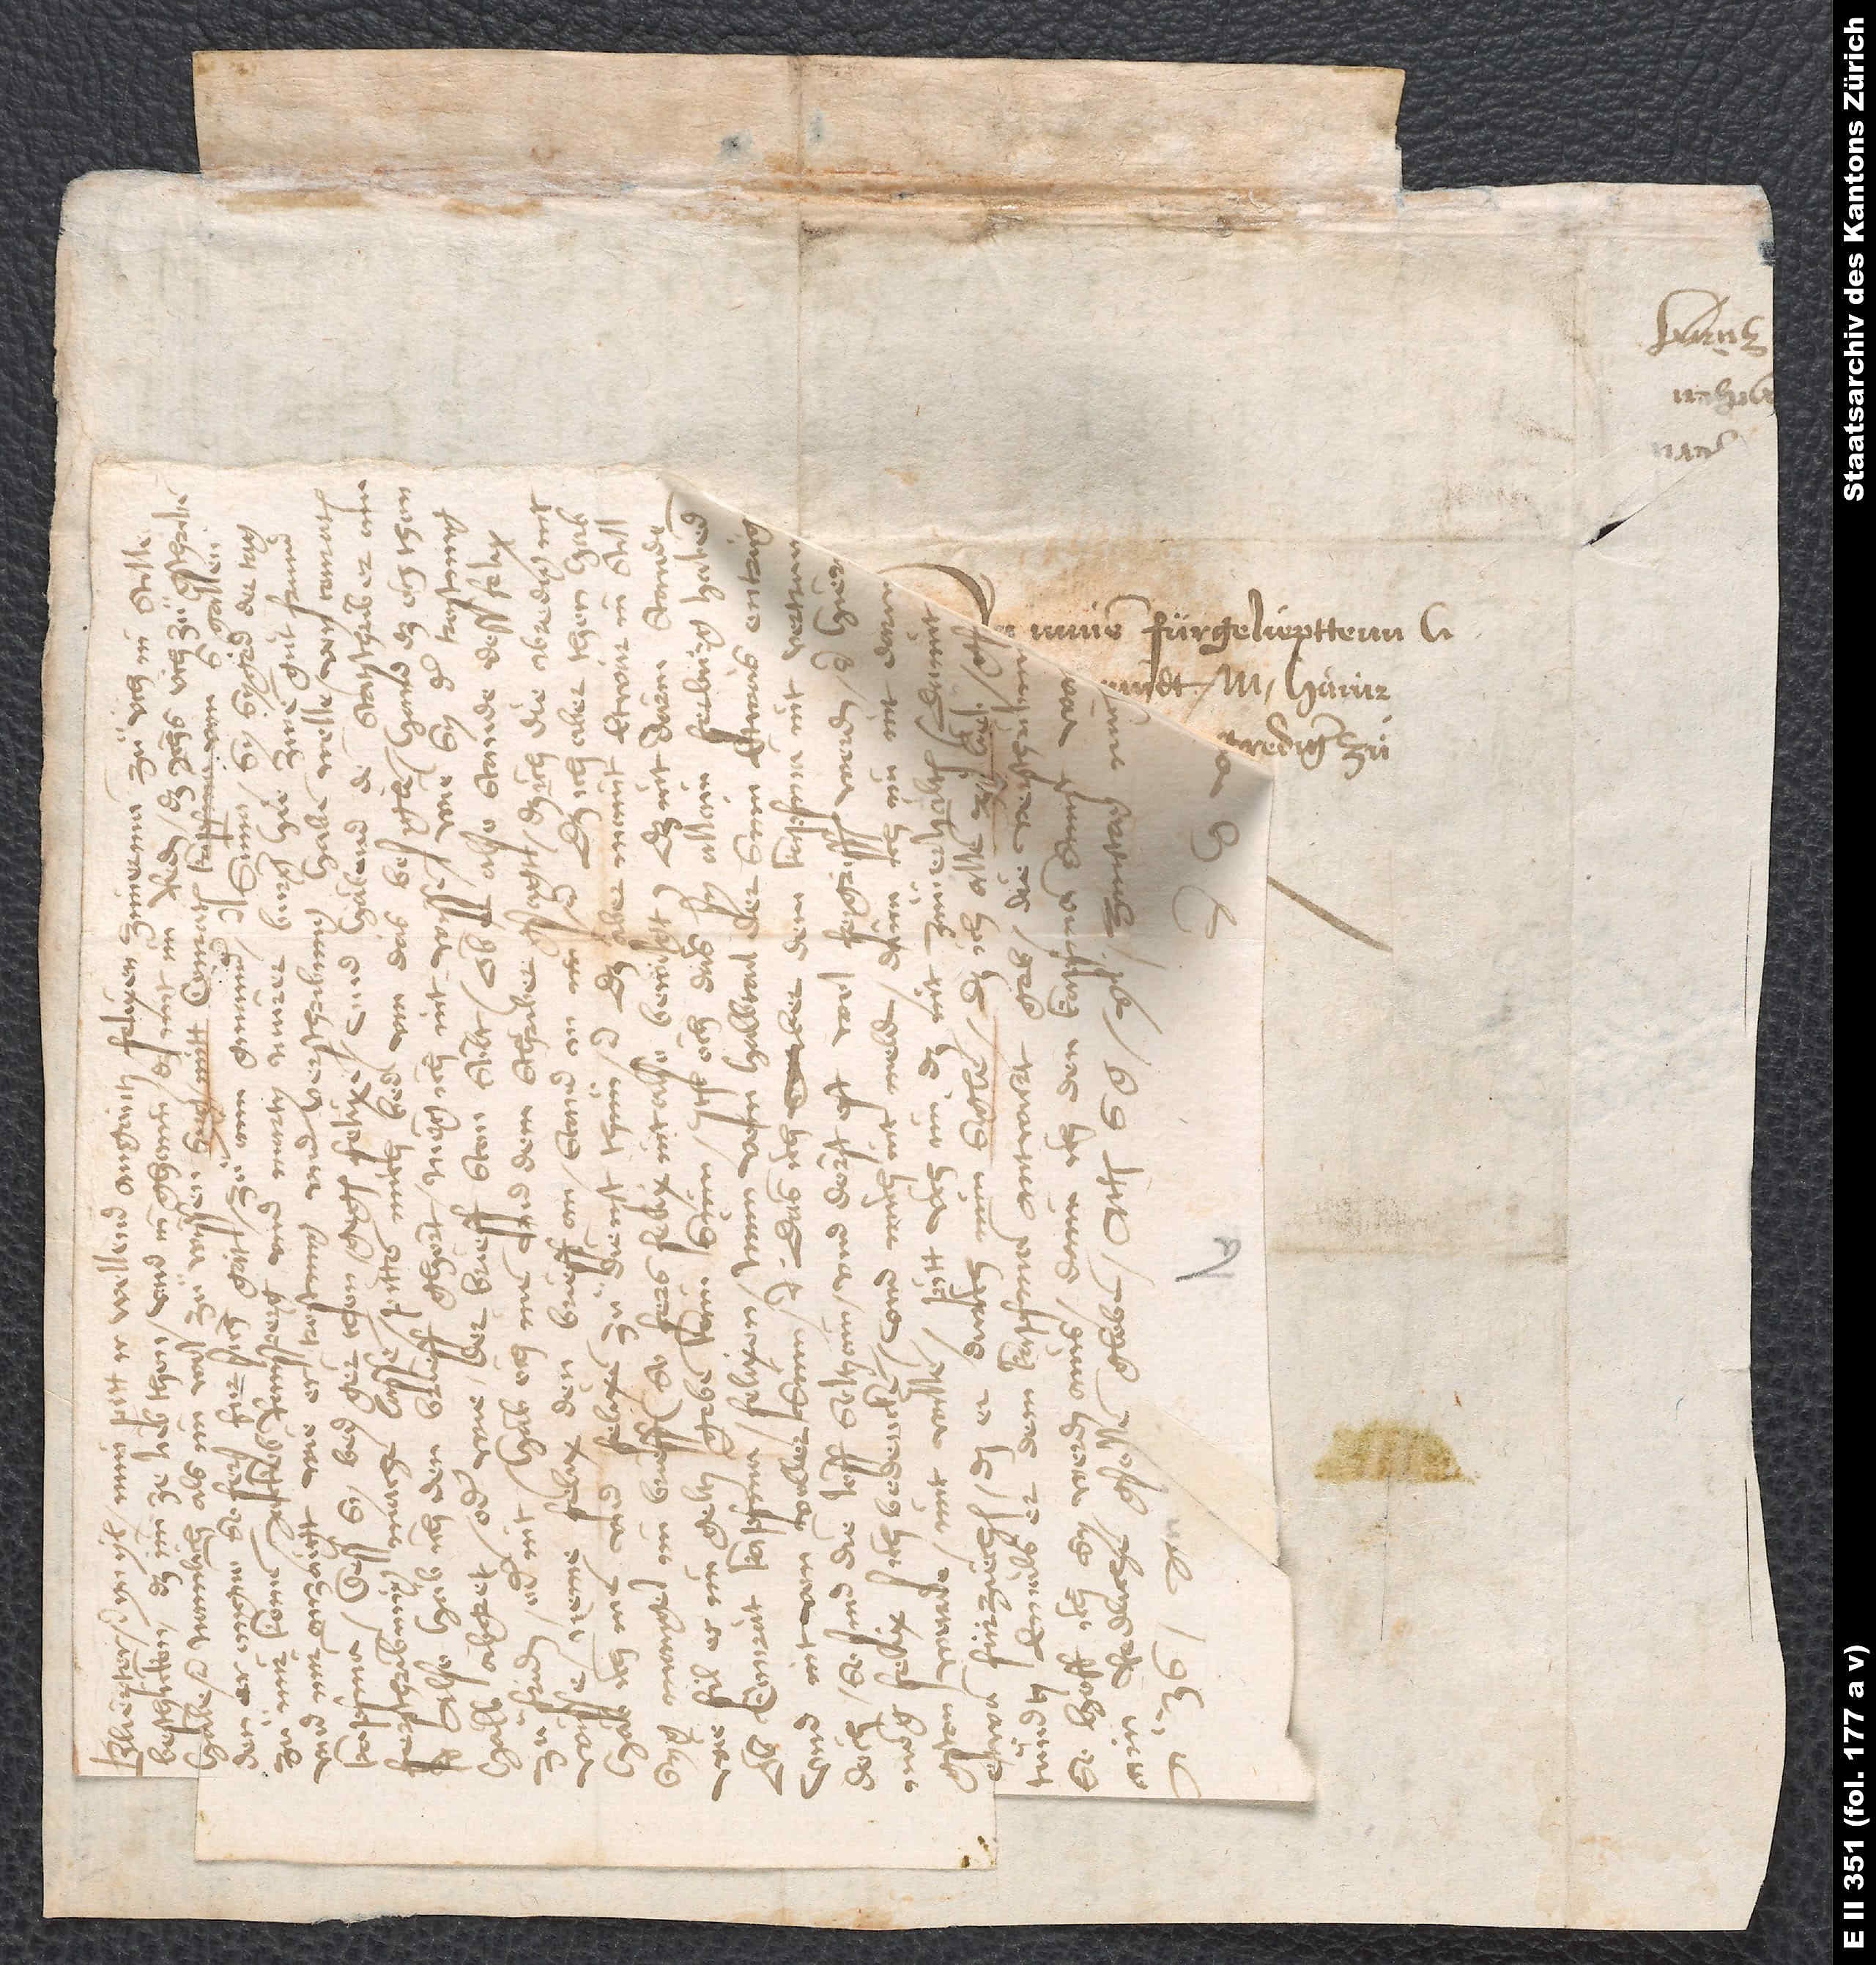
.

So
S.
8.

fürgeliepttenn
prediger zuͦ